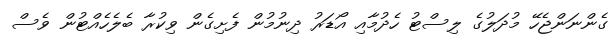
ގެންނަންޖެހޭ މުދަލުގެ ލިސްޓު ހެދުމާއި އޯޑަރު ދިނުމުން ފެށިގެން ވިކުރާ ބެލެހެއްޓުން ވެސް